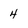
Character: 4